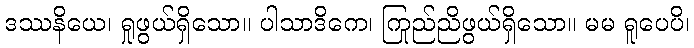
ဒဿနိယေ၊ ရှုဖွယ်ရှိသော။ ပါသာဒိကေ၊ ကြည်ညိုဖွယ်ရှိသော။ မမ ရူပေပိ၊